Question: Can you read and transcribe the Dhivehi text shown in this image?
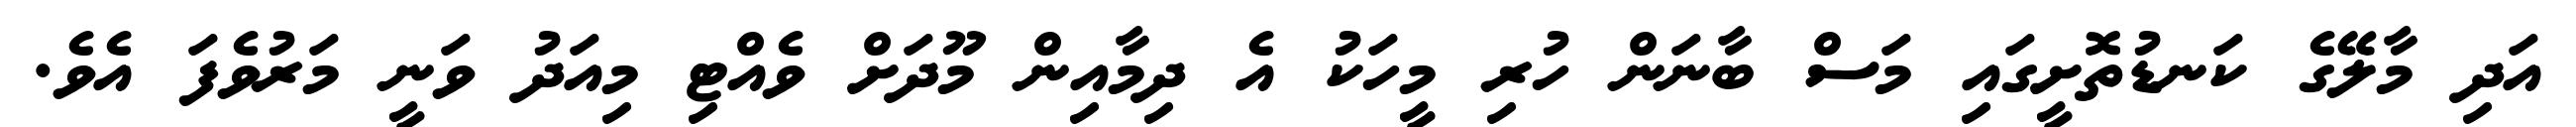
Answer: އަދި މާލޭގެ ކަނޑުތޮށީގައި މަސް ބާނަން ހުރި މީހަކު އެ ދިމާއިން މޫދަށް ވެއްޓި މިއަދު ވަނީ މަރުވެފަ އެވެ.